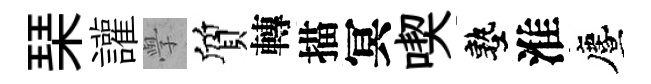
琹讙𭓕質轉描冥喫塾淮󵨌